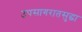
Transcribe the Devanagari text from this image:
उपसागरातसुद्धा